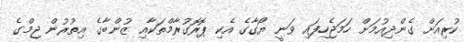
ކުރިއަށް ގެންދިއުމަށް ހަމަޖެހިފައި ވަނީ ޔޯގާގެ އެކި ޕޮރޮގުރާމްތަކާއި ޒުންބާގެ އިތުރުން ޖިމްގެ